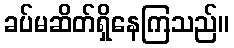
ခပ်မဆိတ်ရှိနေကြသည်။